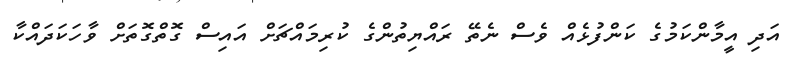
އަދި އީމާންކަމުގެ ކަންފުޅެއް ވެސް ނެތޭ ރައްޔިތުންގެ ކުރިމައްޗަށް އައިސް ގޮތްގޮތަށް ވާހަކަދައްކާ